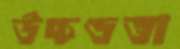
উচ্চণ্ডতা